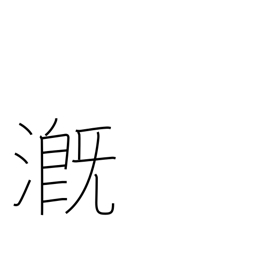
Meaning: pour